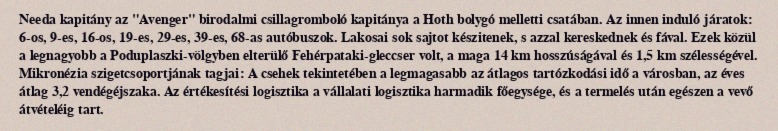
Needa kapitány az "Avenger" birodalmi csillagromboló kapitánya a Hoth bolygó melletti csatában. Az innen induló járatok: 6-os, 9-es, 16-os, 19-es, 29-es, 39-es, 68-as autóbuszok. Lakosai sok sajtot készitenek, s azzal kereskednek és fával. Ezek közül a legnagyobb a Poduplaszki-völgyben elterülő Fehérpataki-gleccser volt, a maga 14 km hosszúságával és 1,5 km szélességével. Mikronézia szigetcsoportjának tagjai: A csehek tekintetében a legmagasabb az átlagos tartózkodási idő a városban, az éves átlag 3,2 vendégéjszaka. Az értékesítési logisztika a vállalati logisztika harmadik főegysége, és a termelés után egészen a vevő átvételéig tart.